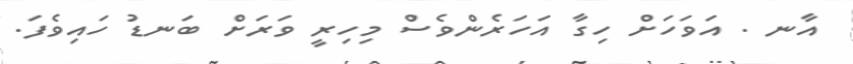
އާނ . އަވަހަށް ހިގާ އަހަރެންވެސް މިހިރީ ވަރަށް ބަނޑު ހައިވެފަ.